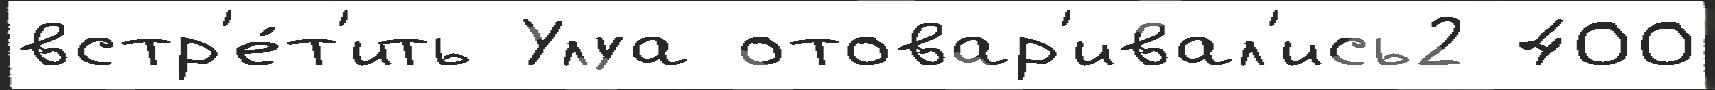
встр'е́т'ить Улуа отовар'ивал'ись2 400